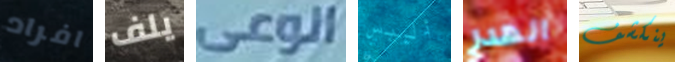
افراد يلف الوعى أليس الهدر ينكشف